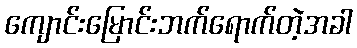
ကျောင်းမြောင်းဘက်ရောက်တဲ့အခါ